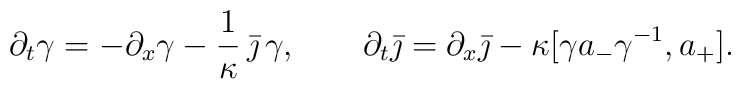
\partial_t \gamma = - \partial_x \gamma - \frac{1}{\kappa} \, \bar \jmath \, \gamma, \qquad\partial_t \bar \jmath = \partial_x \bar \jmath - \kappa [\gamma a_- \gamma^{-1}, a_+].